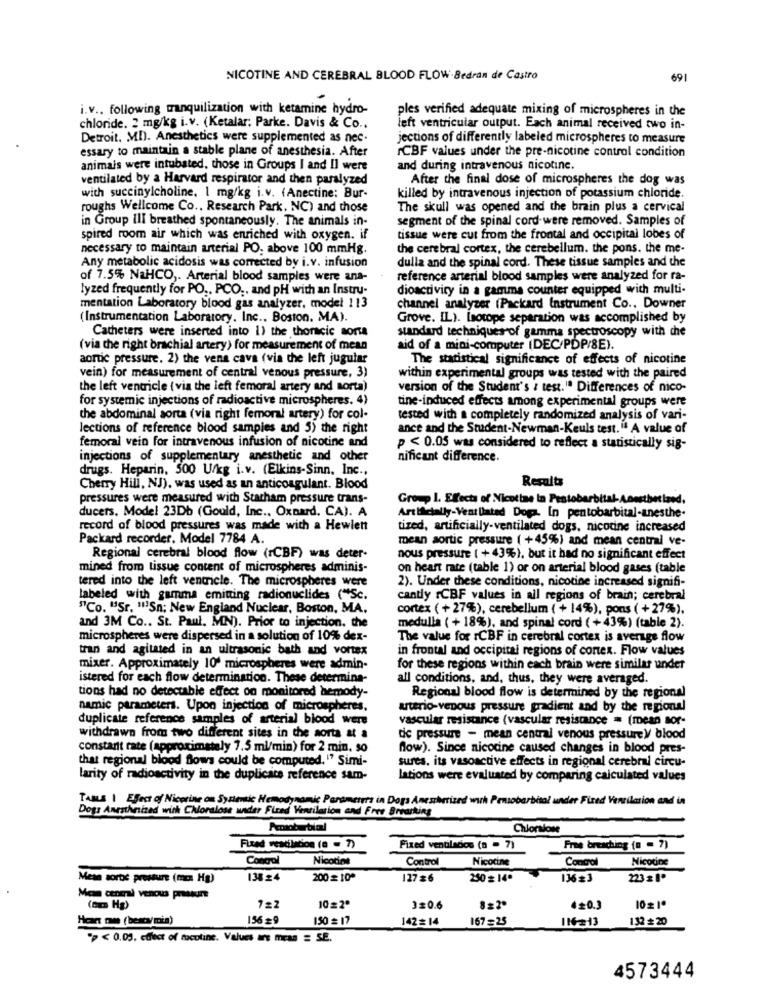
NICOTINE AND CEREBRAL BLOOD FLOW-Bedran de Castro
691
i.v .. following tranquilization with ketamine hydro-
ples verified adequate mixing of microspheres in the
chloride. 2 mg/kg i.v. (Ketalar: Parke. Davis & Co ..
left ventricular output. Each animal received two in-
Detroit, MI). Anesthetics were supplemented as nec.
jections of differently labeled microspheres to measure
essary to maintain a stable plane of anesthesia. After
ICBF values under the pre-nicotine control condition
animais were intubated. those in Groups I and Il were
and during intravenous nicotine.
ventilated by a Harvard respirator and then paralyzed
After the final dose of microspheres the dog was
with succinylcholine, 1 mg/kg i.v. (Anectine: Bur-
killed by intravenous injection of potassium chloride.
roughs Wellcome Co ., Research Park, NC) and those
The skull was opened and the brain plus a cervical
in Group ilI breathed spontaneously. The animals in-
segment of the spinal cord-were removed. Samples of
spired room air which was enriched with oxygen. if
tissue were cut from the frontal and occipital lobes of
necessary to maintain arterial PO: above 100 mmHg.
the cerebral cortex, the cerebellum. the pons. the me-
dulla and the spinal cord. These tissue samples and the
Any metabolic acidosis was corrected by i.v. infusion
of 7.5% NaHCO ,. Arterial blood samples were ana-
reference arterial blood samples were analyzed for ra-
lyzed frequently for PO .. PCO .. and PH with an Instru-
dioactivity in a gamma counter equipped with multi-
mentation Laboratory blood gas analyzer, model 113
channel analyzer (Packard Instrument Co ., Downer
(Instrumentation Laboratory, Inc ., Boston, MA).
Grove. IL). Isotope separation was accomplished by
standard techniques of gamma spectroscopy with che
Catheters were inserted into 1) the thoracic sonta
(via the right brachial artery) for measurement of mean
aid of a mini-computer (DEC/PDP/8E).
aortic pressure. 2) the vena cava (via the left jugular
The statistical significance of effects of nicotine
vein) for measurement of central venous pressure, 3)
within experimental groups was tested with the paired
the left ventricle ( via the left femoral artery and sorta)
version of the Student's & test.1ª Differences of nico-
for systemic injections of radioactive microspheres. 4)
tine-induced effects among experimental groups were
the abdominal aorta (via right femoral artery) for col-
tested with a completely randomized analysis of vari-
lections of reference blood samples and 5) the right
ance and the Student-Newman-Keuls test." A value of
femoral vein for intravenous infusion of nicotine and
p < 0.05 was considered to reflect a statistically sig-
injections of supplementary anesthetic and other
nificant difference.
drugs. Heparin. 500 U/kg i.v. (Elkins-Sinn, Inc .,
Cherry Hill, NJ), was used as an anticoagulant. Blood
Results
pressures were measured with Starham pressure trans-
Group I. Effects of Nicotine in Pestobarbital-Anesthet land,
ducers. Model 23Db (Gould, Inc ., Oxnard. CA). A
Artificially-Vent Dated Doga. In pentobarbital-anesthe.
record of blood pressures was made with a Hewlett
tized, artificially-ventilated dogs, nicotine increased
Packard recorder. Model 7784 A.
mean aortic pressure ( +45%) and mean central ve-
Regional cerebral blood flow (rCBF) was deter-
nous pressure ( + 43%), but it had no significant effect
mined from tissue content of microspheres adminis-
on heart rate (table 1) or on arterial blood gases (table
tered into the left ventricle. The microspheres were
2). Under these conditions, nicotine increased signifi-
labeled with gamma emitting radionuclides ("Sc.
cantly rCBF values in all regions of brain; cerebral
"Co. "Sr. ""Sn; New England Nuclear, Boston, MA.
cortex (+ 27%), cerebellum ( + 14%), pons (+27%).
and 3M Co .. St. Paul, MN). Prior to injection. the
medulla ( + 18%), and spinal cord (+43%) (table 2).
microspheres were dispersed in a solution of 10% dex-
The value for ICBF in cerebral cortex is average flow
tran and agitated in an ultrasonic bath and vortex
in frontal and occipital regions of contex. Flow values
mixer. Approximately 10' microspheres were admin-
for these regions within each brain were similar under
istered for each flow determination. These determina-
all conditions, and, thus, they were averaged.
tions had no detectable effect on monitored hemody-
Regional blood flow is determined by the regional
namic parameters. Upon injection of microspheres.
arterio-venous pressure gradient and by the regional
duplicate reference samples of arterial blood were
vascular resistance (vascular resistance = (mean sor-
withdrawn from two different sites in the aorta & a
de pressure - mean central venous pressure)/ blood
constant rate (approximately 7.5 ml/min) for 2 min. so
flow). Since nicotine caused changes in blood pres-
that regional blood flows could be computed." Simi-
sures, its vasoactive effects in regional cerebral circu-
larity of radioactivity in the duplicate reference sam-
lations were evaluated by comparing calculated values
TABLE | Efect of Nicotine on Systemic Hemodynamic Parameters in Dogs Anexherized with Pensobarbital under Fixed Verrilation and in
Dogs Anesthnized with Chloralose under Fired Ventilation and Free Breaking
Chloralose
Fixed ventilation (e = 7)
Fixed ventilados (n = 7)
Free breaching (n = 7)
Concol
Nicotine
Control
Nicotine
Control
Nicotine
Mean sorte pressure (mm Hg)
138 24
200 = 10ª
127 26
250 = 14.
136#3
223 # 1º
Mean central venous pressure
(mm Hg)
10=2º
3=0.6
420.3
10 2 1ª
Heart time ( besca/min)
156 =9
150 = 17
142= 14
167=25
132 # 20
"> < 0.05. colect of tacoline. Values ars mesa = SE.
4573444